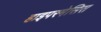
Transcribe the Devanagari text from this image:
हाइपरमेसिस